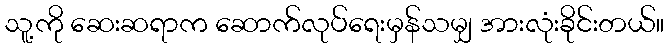
သူ့ကို ဆေးဆရာက ဆောက်လုပ်ရေးမှန်သမျှ အားလုံးခိုင်းတယ်။